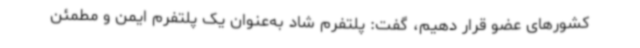
کشورهای عضو قرار دهیم، گفت: پلتفرم شاد به‌عنوان یک پلتفرم ایمن و مطمئن